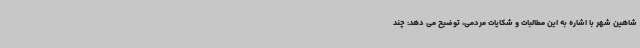
شاهین شهر با اشاره به این مطالبات و شکایات مردمی، توضیح می دهد: چند